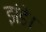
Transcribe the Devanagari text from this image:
झंडे।